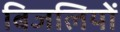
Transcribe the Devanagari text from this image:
बिजलियों